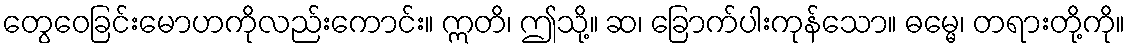
တွေဝေခြင်းမောဟကိုလည်းကောင်း။ ဣတိ၊ ဤသို့။ ဆ၊ ခြောက်ပါးကုန်သော။ ဓမ္မေ၊ တရားတို့ကို။